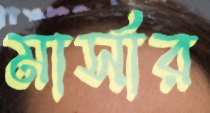
মার্সার